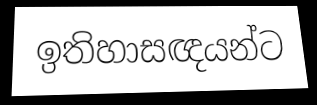
ඉතිහාසඥයන්ට